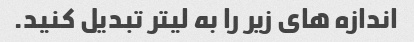
اندازه های زیر را به لیتر تبدیل کنید.